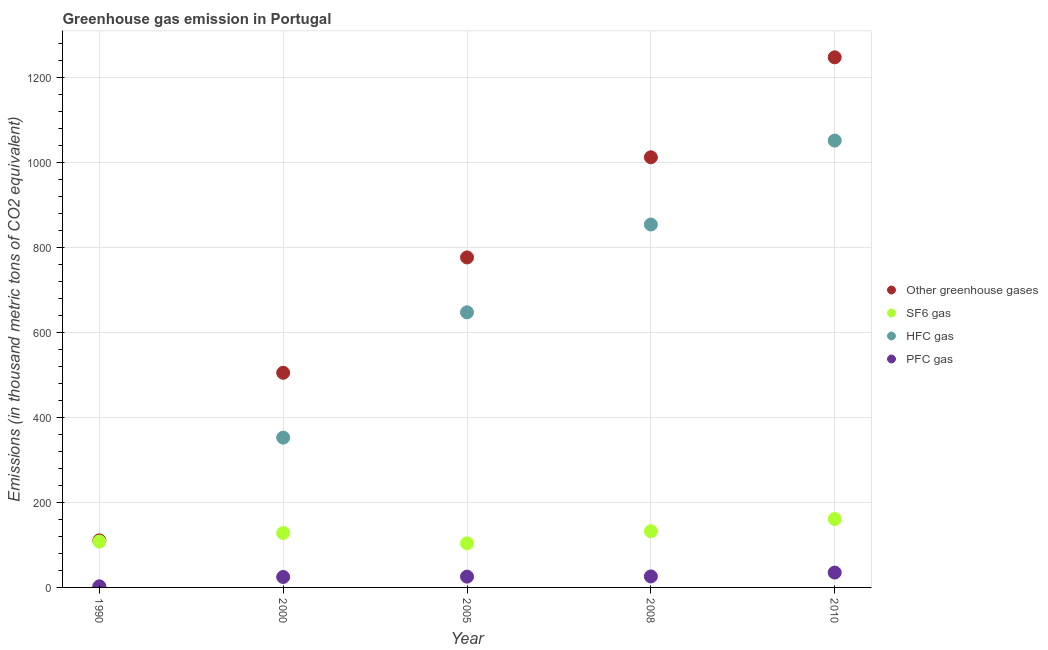
| Year | Other greenhouse gases | SF6 gas | HFC gas | PFC gas |
 | --- | --- | --- | --- | --- |
 | 1990 | 111 | 108 | 0.2 | 2.6 |
 | 2000 | 505 | 128 | 353 | 24.6 |
 | 2005 | 777 | 104 | 648 | 25.4 |
 | 2008 | 1.01e+03 | 132 | 854 | 25.9 |
 | 2010 | 1.25e+03 | 161 | 1.05e+03 | 35 |